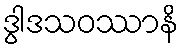
ဒွါဒသဝဿာနိ